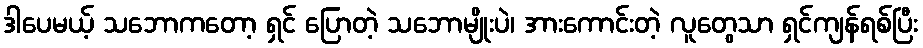
ဒါပေမယ့် သဘောကတော့ ရှင် ပြောတဲ့ သဘောမျိုးပဲ၊ အားကောင်းတဲ့ လူတွေသာ ရှင်ကျန်ရစ်ပြီး